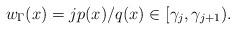
LaTeX: \begin{align*} w_\Gamma(x) = j p(x) / q(x) \in [\gamma_{j}, \gamma_{j+1}). \end{align*}